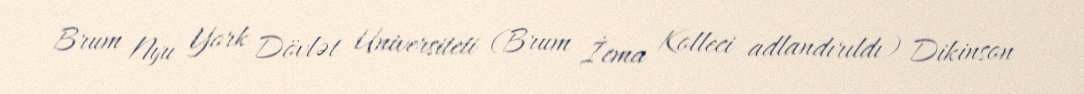
Brum Nyu York Dövlət Universiteti (Brum İcma Kolleci adlandırıldı) Dikinson